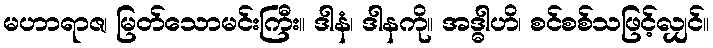
မဟာရာဇ၊ မြတ်သောမင်းကြီး။ ဒါနံ၊ ဒါနကို။ အဒ္ဓါဟိ၊ စင်စစ်သဖြင့်လျှင်။